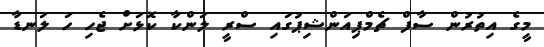
މީގެ އިތުރުން ސާފް ޗެމްޕިއަންޝިޕުގައި ސްރީ ލަންކާ ކޮޅަށް ޖެހި ހަ ލަނޑާ